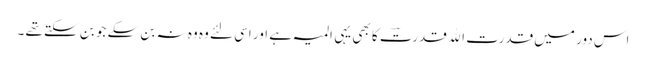
اس دور میں قدرت اﷲ قدرتؔ کا بھی یہی المیہ ہے اور اسی لئے وہ وہ نہ بن سکے جو بن سکتے تھے ۔